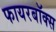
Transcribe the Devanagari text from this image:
फायरबॉक्स